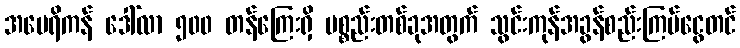
အမေရိကန် ဒေါ်လာ ၅၀၀ တန်ကြေးရှိ ပစ္စည်းတစ်ခုအတွက် သွင်းကုန်အခွန်စည်းကြပ်ငွေတင်